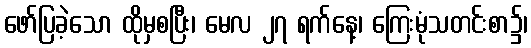
ဖော်ပြခဲ့သော ထိုမှစပြီး၊ မေလ ၂၇ ရက်နေ့၊ ကြေးမုံသတင်းစာ၌၊